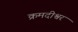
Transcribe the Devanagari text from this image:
क्रमदीश्वर